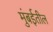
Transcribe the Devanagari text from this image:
मुंबर्इतील